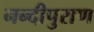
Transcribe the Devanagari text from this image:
नन्दीपुराण